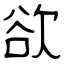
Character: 欲